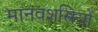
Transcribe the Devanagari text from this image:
मानवशस्रियों